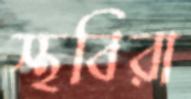
স্থবিরা